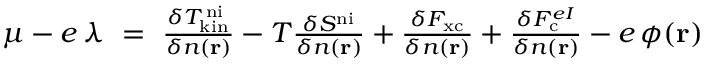
\begin{array} { r } { \mu - e \, \lambda \ = \ \frac { \delta T _ { \mathrm { k i n } } ^ { \mathrm { \, n i } } } { \delta n ( \mathbf { r } ) } - T \frac { \delta S ^ { \mathrm { n i } } } { \delta n ( \mathbf { r } ) } + \frac { \delta F _ { \mathrm { x c } } } { \delta n ( \mathbf { r } ) } + \frac { \delta F _ { \mathrm { c } } ^ { e I } } { \delta n ( \mathbf { r } ) } - e \, \phi ( \mathbf { r } ) } \end{array}